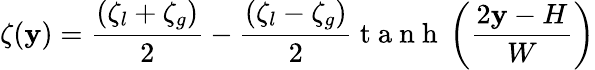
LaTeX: \zeta(\mathbf{y})=\frac{{(\zeta_{l}+\zeta_{g})}}{{2}}-\frac{{(\zeta_{l}-\zeta_{g})}}{{2}}\mathrm{{~t~a~n~h~}}\left(\frac{{2\mathbf{y}-H}}{{W}}\right)